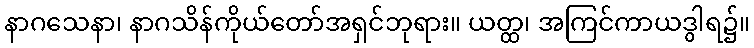
နာဂသေနာ၊ နာဂသိန်ကိုယ်တော်အရှင်ဘုရား။ ယတ္ထ၊ အကြင်ကာယဒွါရ၌။